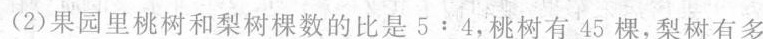
（2）果园里桃树和梨树棵树的比是5:4，桃树有45棵，梨树有多